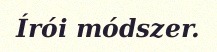
Írói módszer.